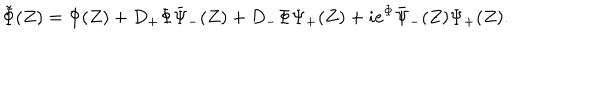
\tilde { \Phi } ( Z ) = \Phi ( Z ) + D _ { + } \Phi \bar { \Psi } _ { - } ( Z ) + D _ { - } \Phi \Psi _ { + } ( Z ) + i e ^ { \Phi } \bar { \Psi } _ { - } ( Z ) \Psi _ { + } ( Z ) .